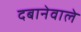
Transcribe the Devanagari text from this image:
दबानेवाले